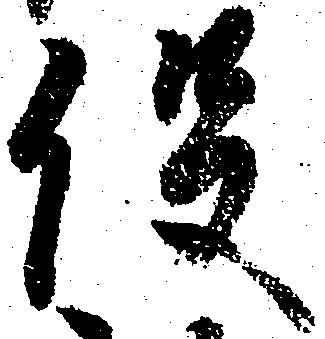
役